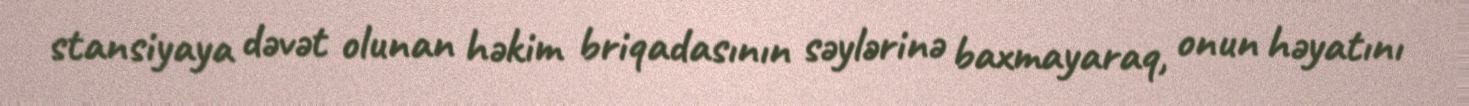
stansiyaya dəvət olunan həkim briqadasının səylərinə baxmayaraq, onun həyatını